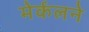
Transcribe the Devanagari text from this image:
मेर्कलने